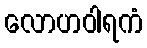
လောဟဝါရကံ